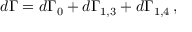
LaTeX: d \Gamma = d \Gamma _ { 0 } + d \Gamma _ { 1 , 3 } + d \Gamma _ { 1 , 4 } \, ,